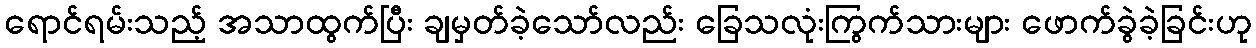
ရောင်ရမ်းသည့် အသာထွက်ပြီး ချမှတ်ခဲ့သော်လည်း ခြေသလုံးကြွက်သားများ ဖောက်ခွဲခဲ့ခြင်းဟု